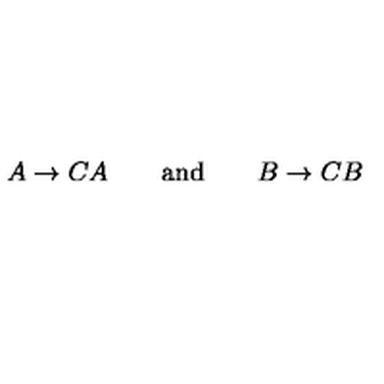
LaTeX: A \rightarrow C A \qquad { \mathrm { a n d } } \qquad B \rightarrow C B